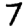
Digit: 7